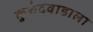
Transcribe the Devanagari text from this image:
कुरुंदवाडाला